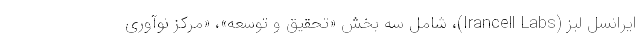
ایرانسل لبز (Irancell Labs)، شامل سه بخش «تحقیق و توسعه»، «مرکز نوآوری